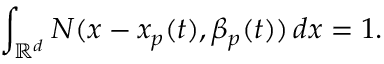
\int _ { \mathbb { R } ^ { d } } { N } ( x - x _ { p } ( t ) , \beta _ { p } ( t ) ) \, d x = 1 .